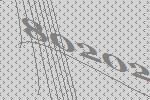
80202